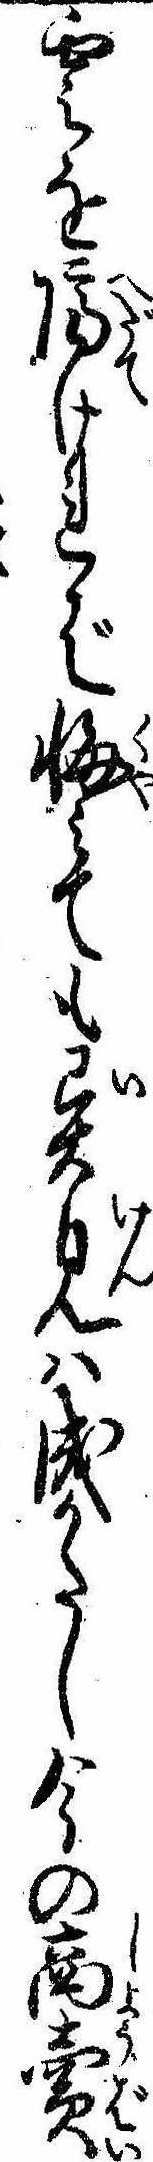
雲を隔ければ悔みても異見は成かたし今の商売